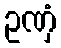
ဥဏှံ